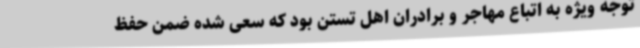
توجه ویژه به اتباع مهاجر و برادران اهل تستن بود که سعی شده ضمن حفظ